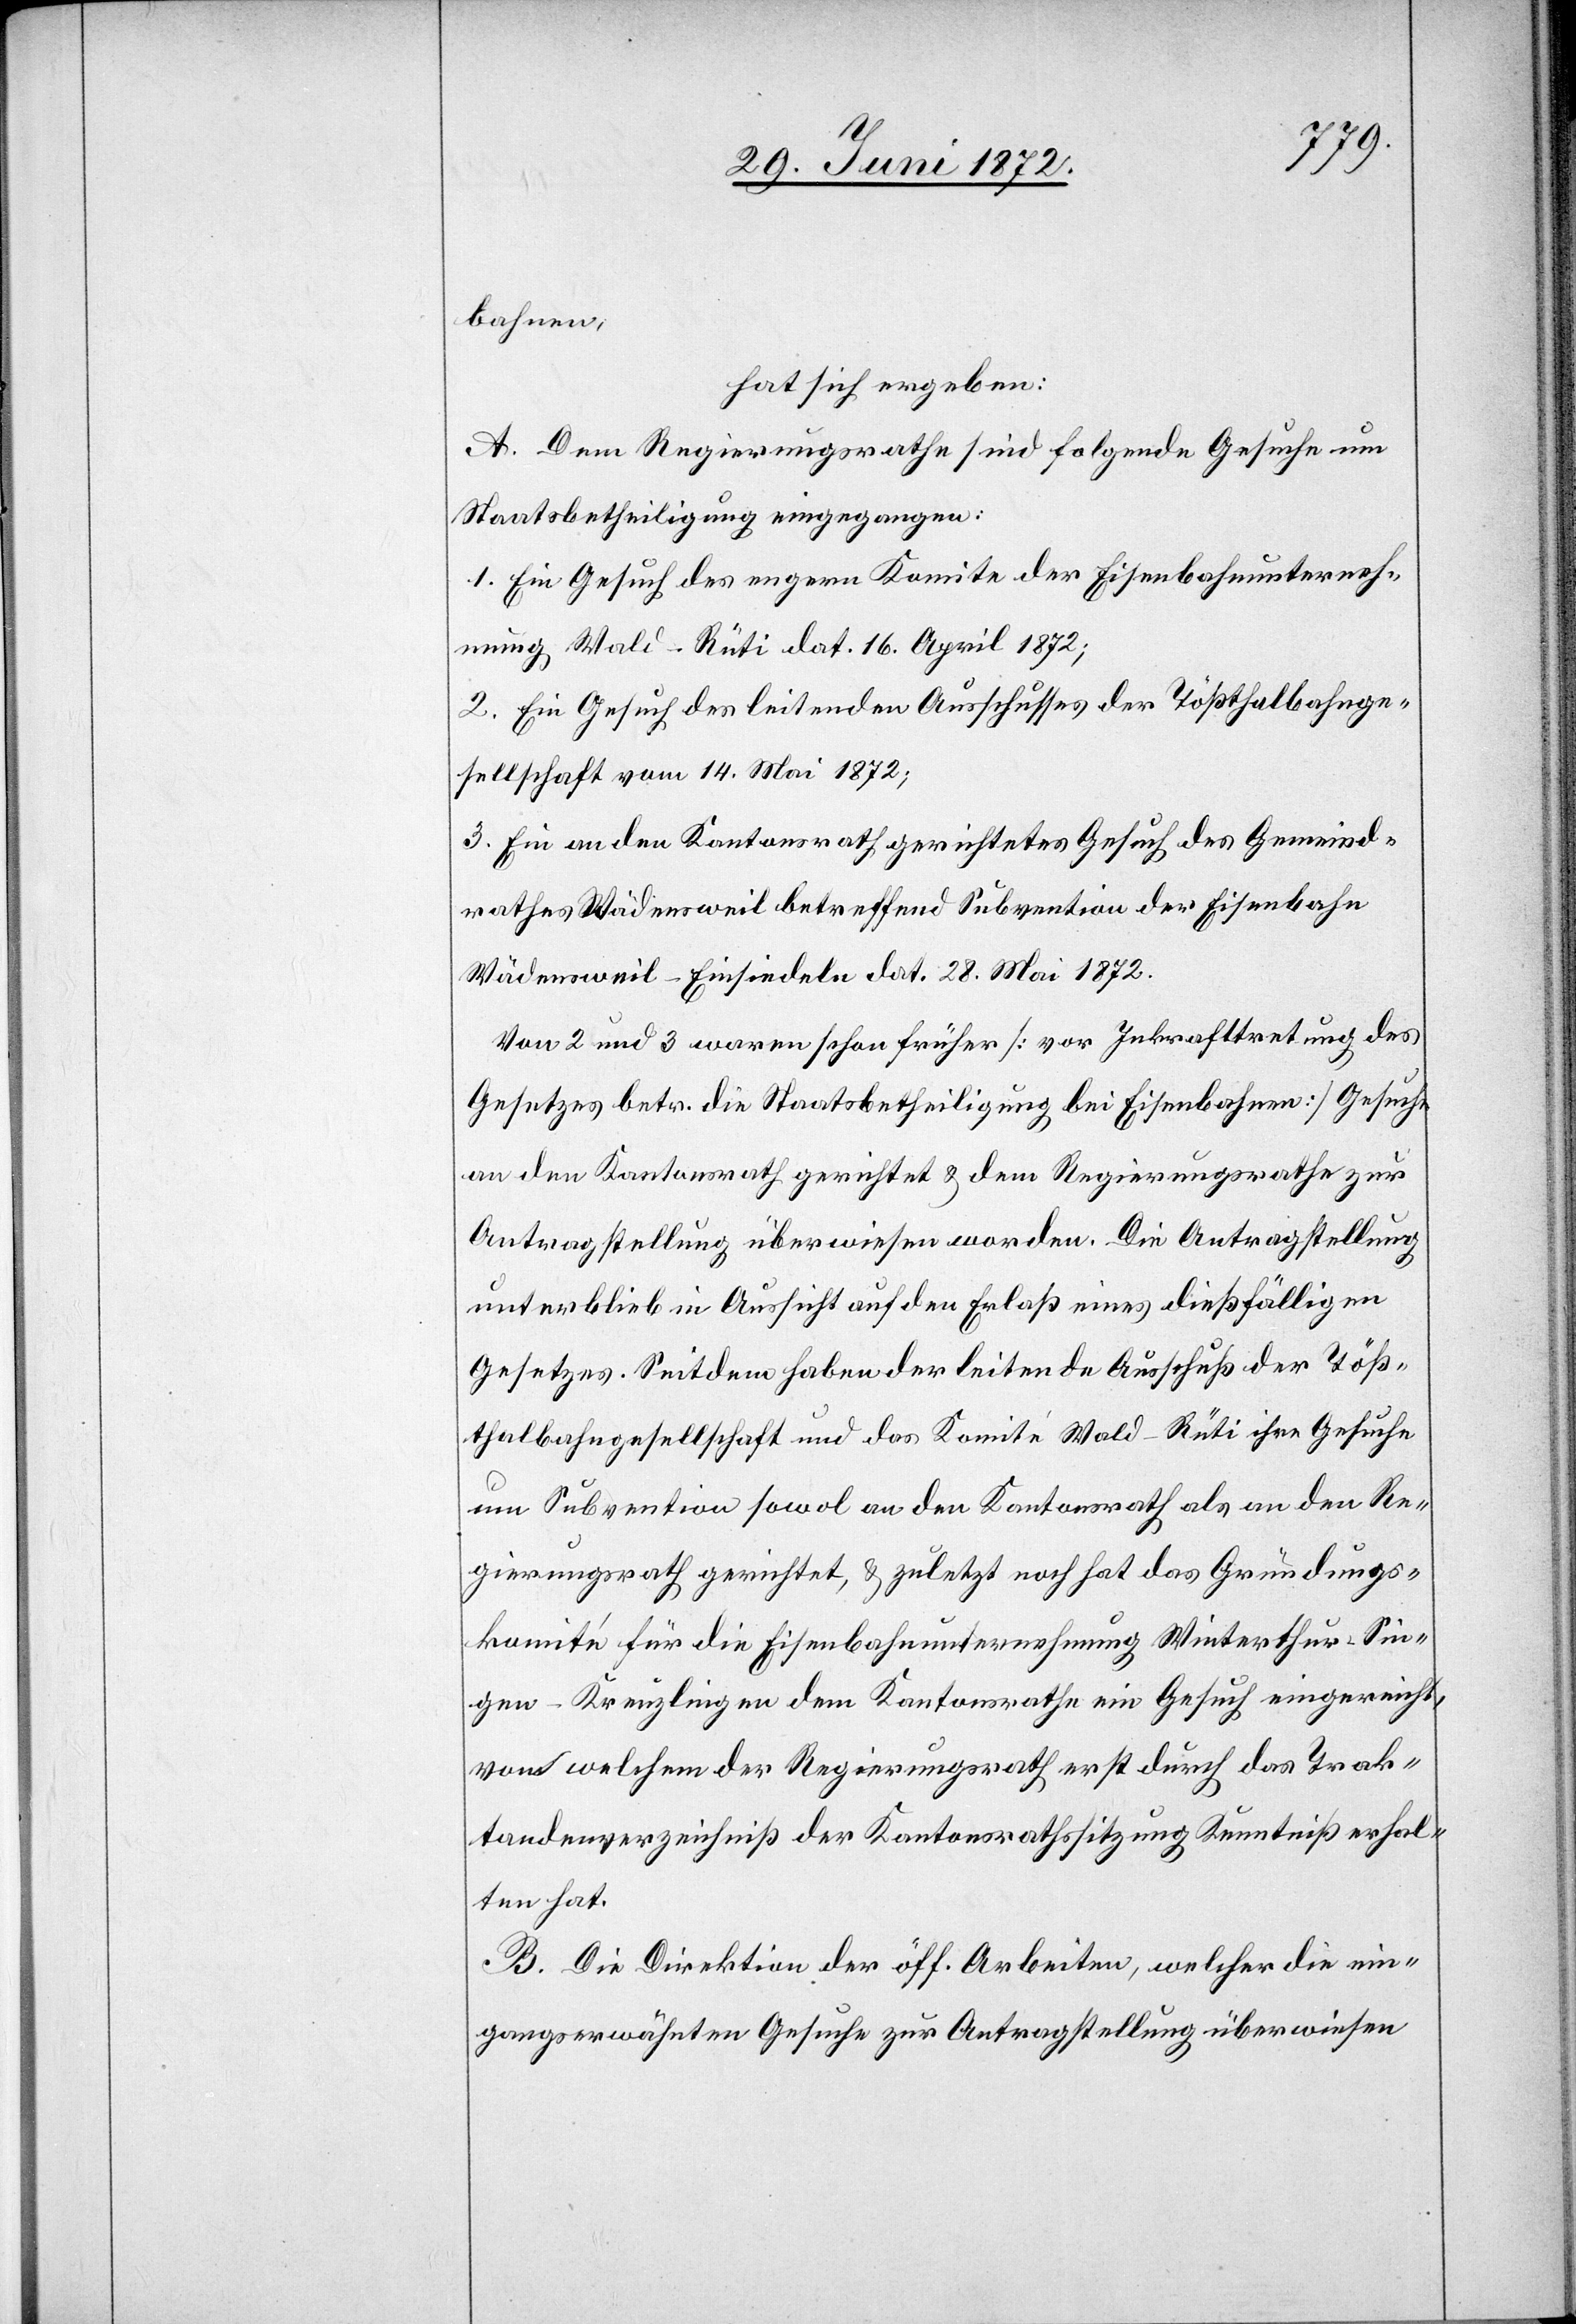
bahnen,
hat sich ergeben:
A. Dem Regierungsrathe sind folgende Gesuche um
Staatsbetheiligung eingegangen:
1. Ein Gesuch des engern Komite der Eisenbahnunterneh¬
mung Wald–Rüti dat. 16. April 1872;
2. Ein Gesuch des leitenden Ausschusses der Tößthalbahnge¬
sellschaft vom 14. Mai 1872;
3. Ein an den Kantonsrath gerichtetes Gesuch des Gemeind¬
rathes Wädensweil betreffend Subvention der Eisenbahn
Wädensweil–Einsiedeln dat. 28. Mai 1872.
Von 2 und 3 waren schon früher [vor Inkrafttretung des
Gesetzes betr. die Staatsbetheiligung bei Eisenbahnen] Gesuche
an den Kantonsrath gerichtet u. dem Regierungsrathe zur
Antragstellung überwiesen worden. Die Antragstellung
unterblieb in Aussicht auf den Erlaß eines dießfälligen
Gesetzes. Seitdem haben der leitende Ausschuß der Töß¬
thalbahngesellschaft und das Komité Wald–Rüti ihre Gesuche
um Subvention sowol an den Kantonsrath als an den Re¬
gierungsrath gerichtet, u. zuletzt noch hat das Gründungs¬
komité für die Eisenbahnunternehmung Winterthur–Sin¬
gen–Kreuzlingen dem Kantonsrathe ein Gesuch eingereicht
von welchem der Regierungsrath erst durch Trak¬
tandenverzeichniß der Kantonsrathssitzung Kenntniß erhal¬
ten hat.
B. Die Direktion der öff. Arbeiten, welcher die ein¬
gangserwähnten Gesuche zur Antragstellung überwiesen